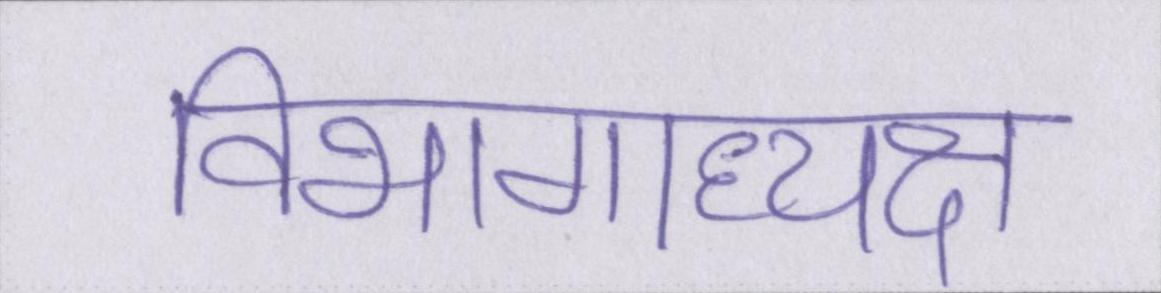
विभागाध्यक्ष